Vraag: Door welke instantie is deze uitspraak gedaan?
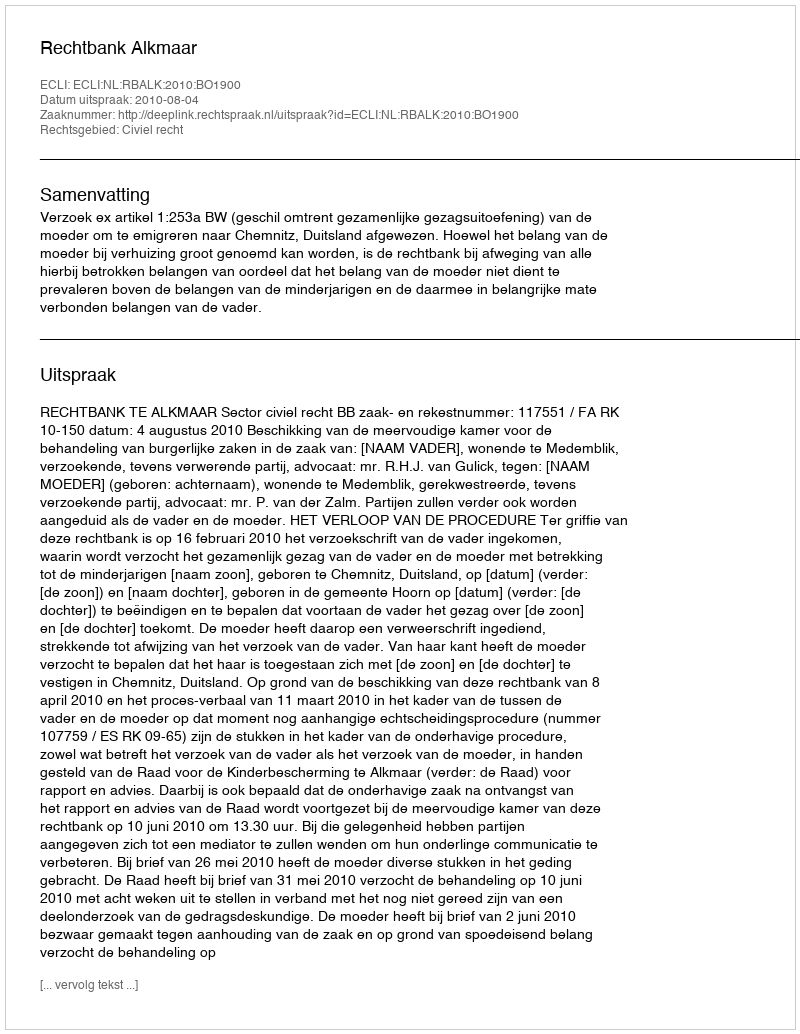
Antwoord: Rechtbank Alkmaar